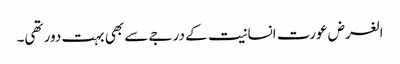
الغرض عورت انسانیت کے درجے سے بھی بہت دور تھی۔